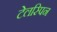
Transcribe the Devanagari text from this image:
टेलस्पिन